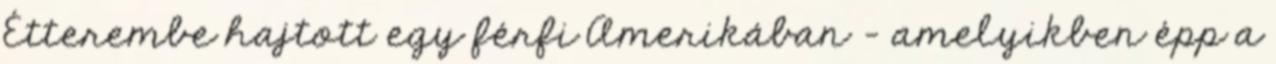
Étterembe hajtott egy férfi Amerikában - amelyikben épp a